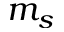
m _ { s }